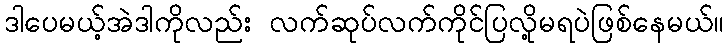
ဒါပေမယ့်အဲဒါကိုလည်း လက်ဆုပ်လက်ကိုင်ပြလို့မရပဲဖြစ်နေမယ်။